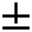
\pm